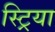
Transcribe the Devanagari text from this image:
स्ट्रिया